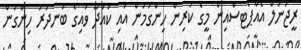
ރީޖަނަލް އެއާޕޯޓސްއިން މީގެ ކުރިން ހިންގަމުން އައި ކައްދޫ ވައިގެ ބަނދަރު ހިންގުން